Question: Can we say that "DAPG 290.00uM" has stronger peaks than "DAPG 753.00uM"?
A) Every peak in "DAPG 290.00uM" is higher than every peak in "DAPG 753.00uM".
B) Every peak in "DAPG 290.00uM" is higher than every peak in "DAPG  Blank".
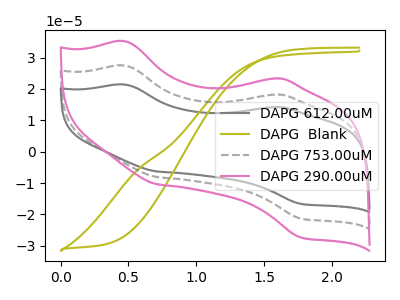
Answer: <think>The gray curve "DAPG 612.00uM" has anodic peaks at (0.50V, 54.80uA) (1.55V, 36.35uA) and cathodic peaks at (0.70V, -16.15uA) (1.75V, -42.50uA). The olive curve "DAPG  Blank" has no peaks. The gray dashed curve "DAPG 753.00uM" has anodic peaks at (0.50V, 27.40uA) (1.55V, 18.15uA) and cathodic peaks at (0.70V, -8.10uA) (1.75V, -21.25uA). The pink curve "DAPG 290.00uM" has anodic peaks at (0.50V, 35.15uA) (1.55V, 23.30uA) and cathodic peaks at (0.70V, -10.35uA) (1.75V, -27.25uA).</think>
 <answer>A) Every peak in "DAPG 290.00uM" is higher than every peak in "DAPG 753.00uM".</answer>
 <eval>A</eval>